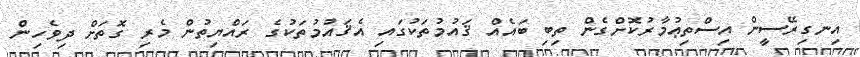
އިނގިރޭސީން އިސްތިޢުމާރުކޮށްގެން ތިބި ބައެއް ޤައުމުތަކުގައި އެޤައުމުތަކުގެ ރައްޔިތުން މެރި ގޮތަށް ދިވެހިން